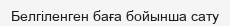
Белгіленген баға бойынша сату